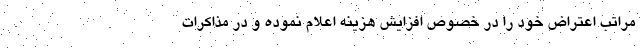
مراتب اعتراض خود را در خصوص افزایش هزینه اعلام نموده و در مذاکرات